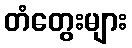
တံတွေးများ